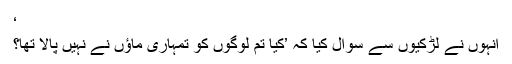
‘
انہوں نے لڑکیوں سے سوال کیا کہ ’کیا تم لوگوں کو تمہاری ماؤں نے نہیں پالا تھا؟